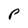
Character: P